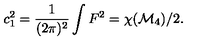
c _ { 1 } ^ { 2 } = { \frac { 1 } { ( 2 \pi ) ^ { 2 } } } \int F ^ { 2 } = \chi ( { \cal M } _ { 4 } ) / 2 .